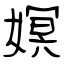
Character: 嫇